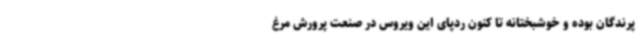
پرندگان بوده و خوشبختانه تا کنون ردپای این ویروس در صنعت پرورش مرغ